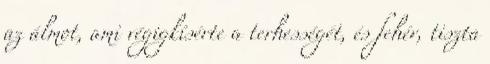
az álmot, ami végigkísérte a terhességét, és fehér, tiszta